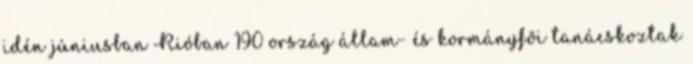
idén júniusban Rióban 190 ország állam- és kormányfõi tanácskoztak